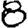
Digit: 8